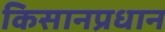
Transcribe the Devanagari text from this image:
किसानप्रधान